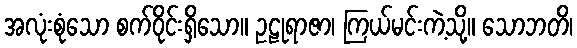
အလုံးစုံသော စက်ဝိုင်းရှိသော။ ဥဠုရာဇာ၊ ကြယ်မင်းကဲ့သို့။ သောဘတိ၊